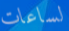
لساعات